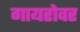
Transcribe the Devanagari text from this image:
गायरोवर